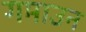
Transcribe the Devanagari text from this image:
गमाउन